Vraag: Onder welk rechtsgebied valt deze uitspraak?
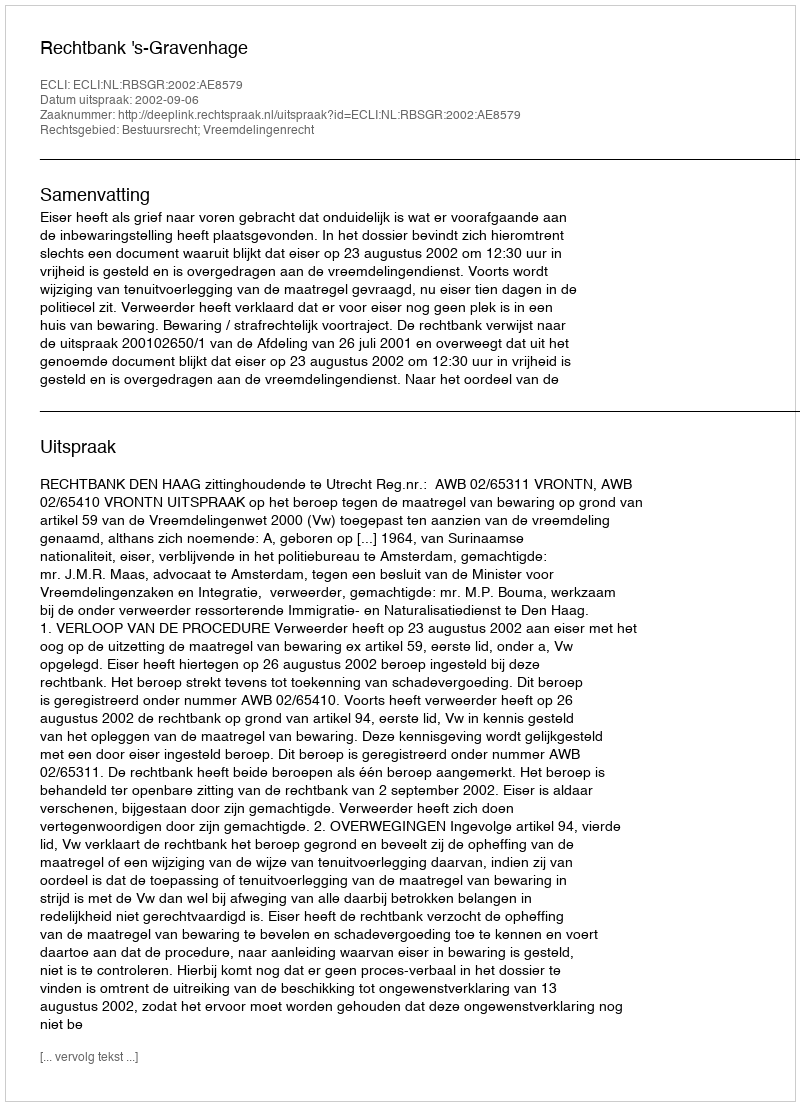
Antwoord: Bestuursrecht; Vreemdelingenrecht